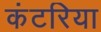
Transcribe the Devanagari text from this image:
कंटरिया